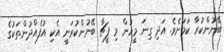
ބޭނުންކުރާ ކަމަށެވެ. އަދި ގިނަ މީހުން މި ފީޗާ ބޭނުންކުރަނީ އެކި އުފެއްދުންތަކުުގެ